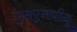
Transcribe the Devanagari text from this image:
एसएमपीयू